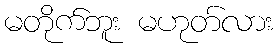
မတိုက်ဘူး မဟုတ်လား